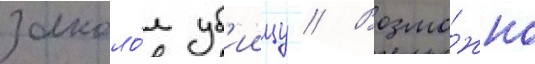
заколо́л уб'иицу // Возмо́жно